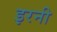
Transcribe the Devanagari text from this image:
इरनी